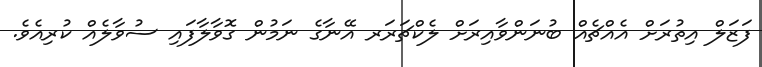
ފަޒަލް އިތުރަށް އެއްޗެއް ބުނަންވާއިރަށް ލެކްޗަރަރ އޭނާގެ ނަމުން ގޮވާލާފައި ސުވާލެއް ކުރިއެވެ.